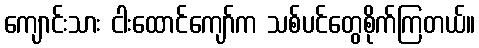
ကျောင်းသား ငါးထောင်ကျော်က သစ်ပင်တွေစိုက်ကြတယ်။